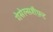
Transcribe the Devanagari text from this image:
गेसेल्सशैफ़्ट